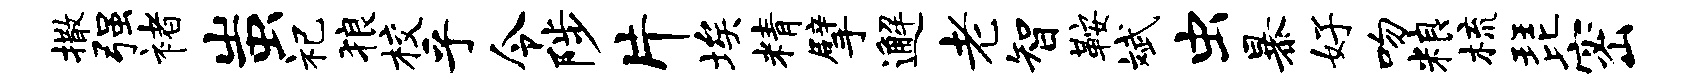
撒强褚蚩祀狼校乎令陟片埃精擘邂老智鞍斌虫暴好吻粮梳琵密